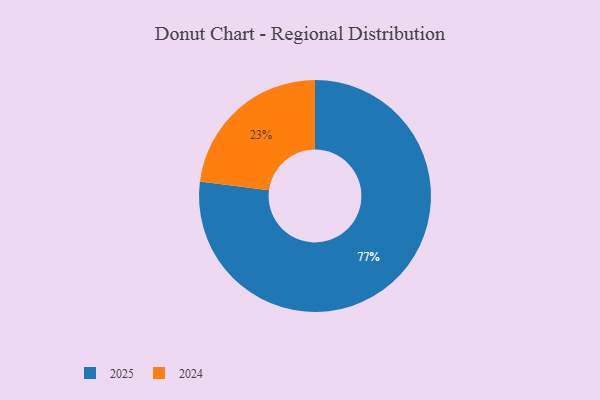
{"axis": {"x": "Category", "y": "Percentage"}, "legend": ["2024", "2025"], "data": [{"x": "2025", "y": 77, "type": "2025"}, {"x": "2024", "y": 23, "type": "2024"}]}